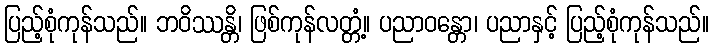
ပြည့်စုံကုန်သည်။ ဘဝိဿန္တိ၊ ဖြစ်ကုန်လတ္တံ့။ ပညာဝန္တော၊ ပညာနှင့် ပြည့်စုံကုန်သည်။